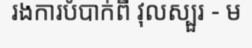
រងការបំបាក់ពី វុលស្បួរ - ម